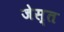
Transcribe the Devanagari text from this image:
जेस्त